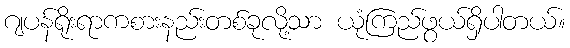
ဂျပန်ရိုးရာကစားနည်းတစ်ခုလို့သာ ယုံကြည်ဖွယ်ရှိပါတယ်။